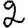
Digit: 2